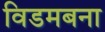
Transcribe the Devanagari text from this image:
विडमबना